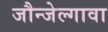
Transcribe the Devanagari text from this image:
जौन्जेल्गावा